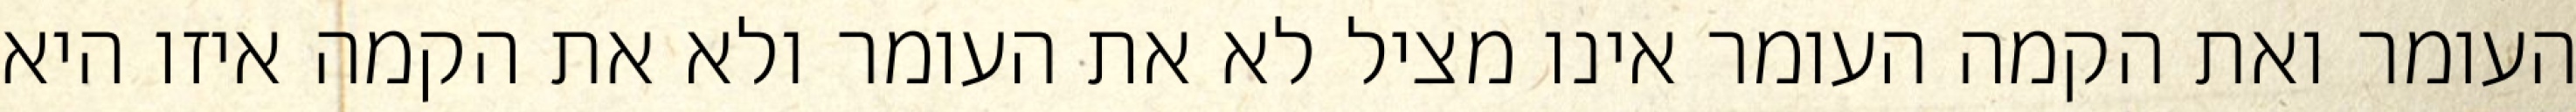
העומר ואת הקמה העומר אינו מציל לא את העומר ולא את הקמה איזו היא